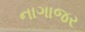
નાગાજર